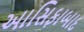
આસિફાબાદ